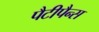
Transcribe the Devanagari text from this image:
पैटीपैन्स